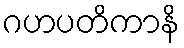
ဂဟပတိကာနိ